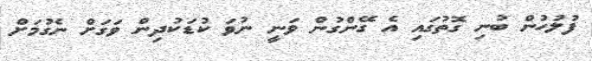
ފުލުހުން ބުނި ގޮތުގައި އެ ގޭންގުން ވަނީ ނުވަ ކުޑަކުދިން ވަގަށް ނެގުމަށް